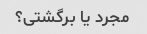
مجرد یا برگشتی؟